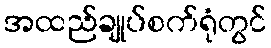
အထည်ချုပ်စက်ရုံတွင်